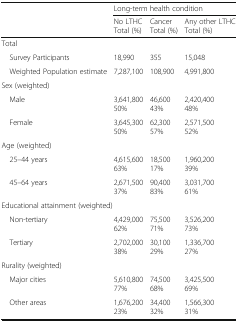
|  | <COLSPAN=3> Long-term health condition |
 |  | No LTHCTotal (%) | CancerTotal (%) | Any other LTHCTotal (%) |
 | --- | --- | --- | --- |
 | <COLSPAN=4> Total |
 | Survey Participants | 18,990 | 355 | 15,048 |
 | Weighted Population estimate | 7,287,100 | 108,900 | 4,991,800 |
 | <COLSPAN=4> Sex (weighted) |
 | Male | 3,641,80050% | 46,60043% | 2,420,40048% |
 | Female | 3,645,30050% | 62,30057% | 2,571,50052% |
 | <COLSPAN=4> Age (weighted) |
 | 25–44 years | 4,615,60063% | 18,50017% | 1,960,20039% |
 | 45–64 years | 2,671,50037% | 90,40083% | 3,031,70061% |
 | <COLSPAN=4> Educational attainment (weighted) |
 | Non-tertiary | 4,429,00062% | 75,50071% | 3,526,20073% |
 | Tertiary | 2,702,00038% | 30,10029% | 1,336,70027% |
 | <COLSPAN=4> Rurality (weighted) |
 | Major cities | 5,610,80077% | 74,50068% | 3,425,50069% |
 | Other areas | 1,676,20023% | 34,40032% | 1,566,30031% |